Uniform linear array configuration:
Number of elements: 16
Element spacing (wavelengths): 1
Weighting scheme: exponential
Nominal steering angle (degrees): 15
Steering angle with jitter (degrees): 14.676
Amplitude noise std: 0.05
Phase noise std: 0.05

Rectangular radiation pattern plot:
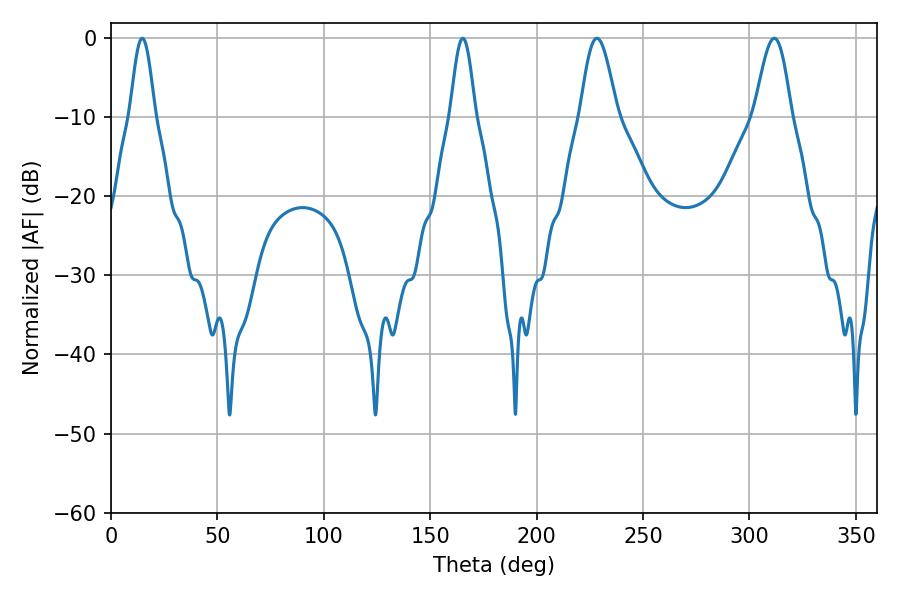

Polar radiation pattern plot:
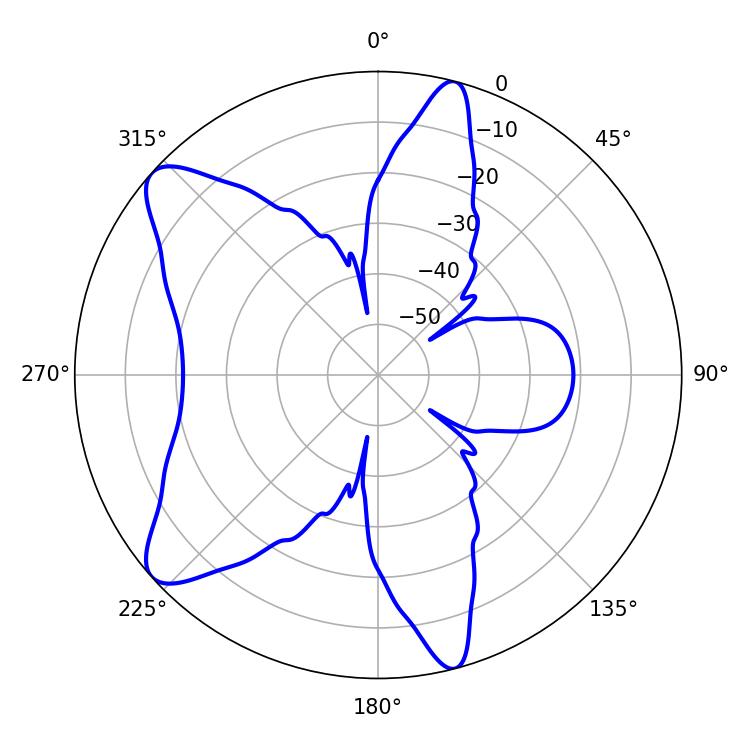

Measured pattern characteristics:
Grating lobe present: TRUE
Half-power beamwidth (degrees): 9.18
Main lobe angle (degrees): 311.76